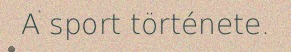
A sport története.